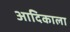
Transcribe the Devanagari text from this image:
आदिकाला